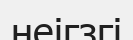
неігзгі